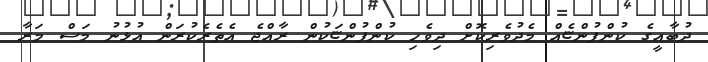
ދުބާއީގެ ކުންފުންޏެއް މެދުވެރިކޮށް ދިވެހި ކުންފުންޏަކުން ރާއްޖެ އެތެރެކުރަން އުޅުނު މަސް މަރާ